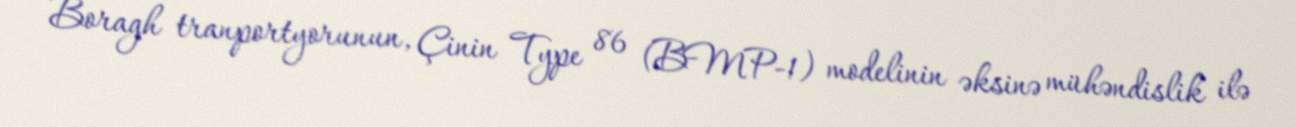
Boragh tranportyorunun, Çinin Type 86 (BMP-1) modelinin əksinə mühəndislik ilə